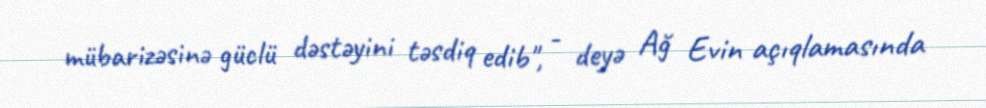
mübarizəsinə güclü dəstəyini təsdiq edib", - deyə Ağ Evin açıqlamasında